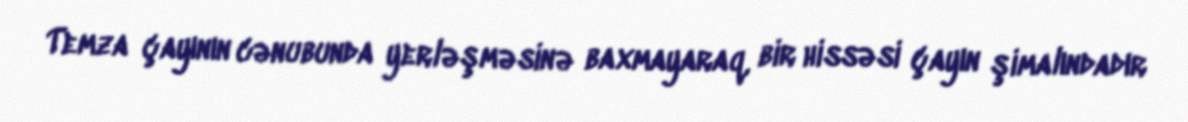
Temza çayının cənubunda yerləşməsinə baxmayaraq, bir hissəsi çayın şimalındadır